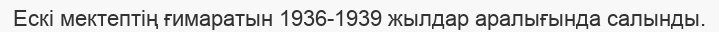
Ескі мектептің ғимаратын 1936-1939 жылдар аралығында салынды.